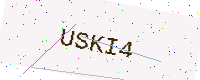
Text: USKI4